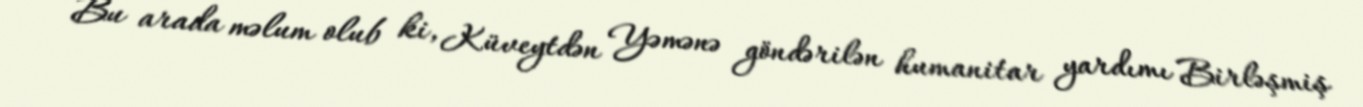
Bu arada məlum olub ki, Küveytdən Yəmənə göndərilən humanitar yardımı Birləşmiş